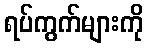
ရပ်ကွက်များကို